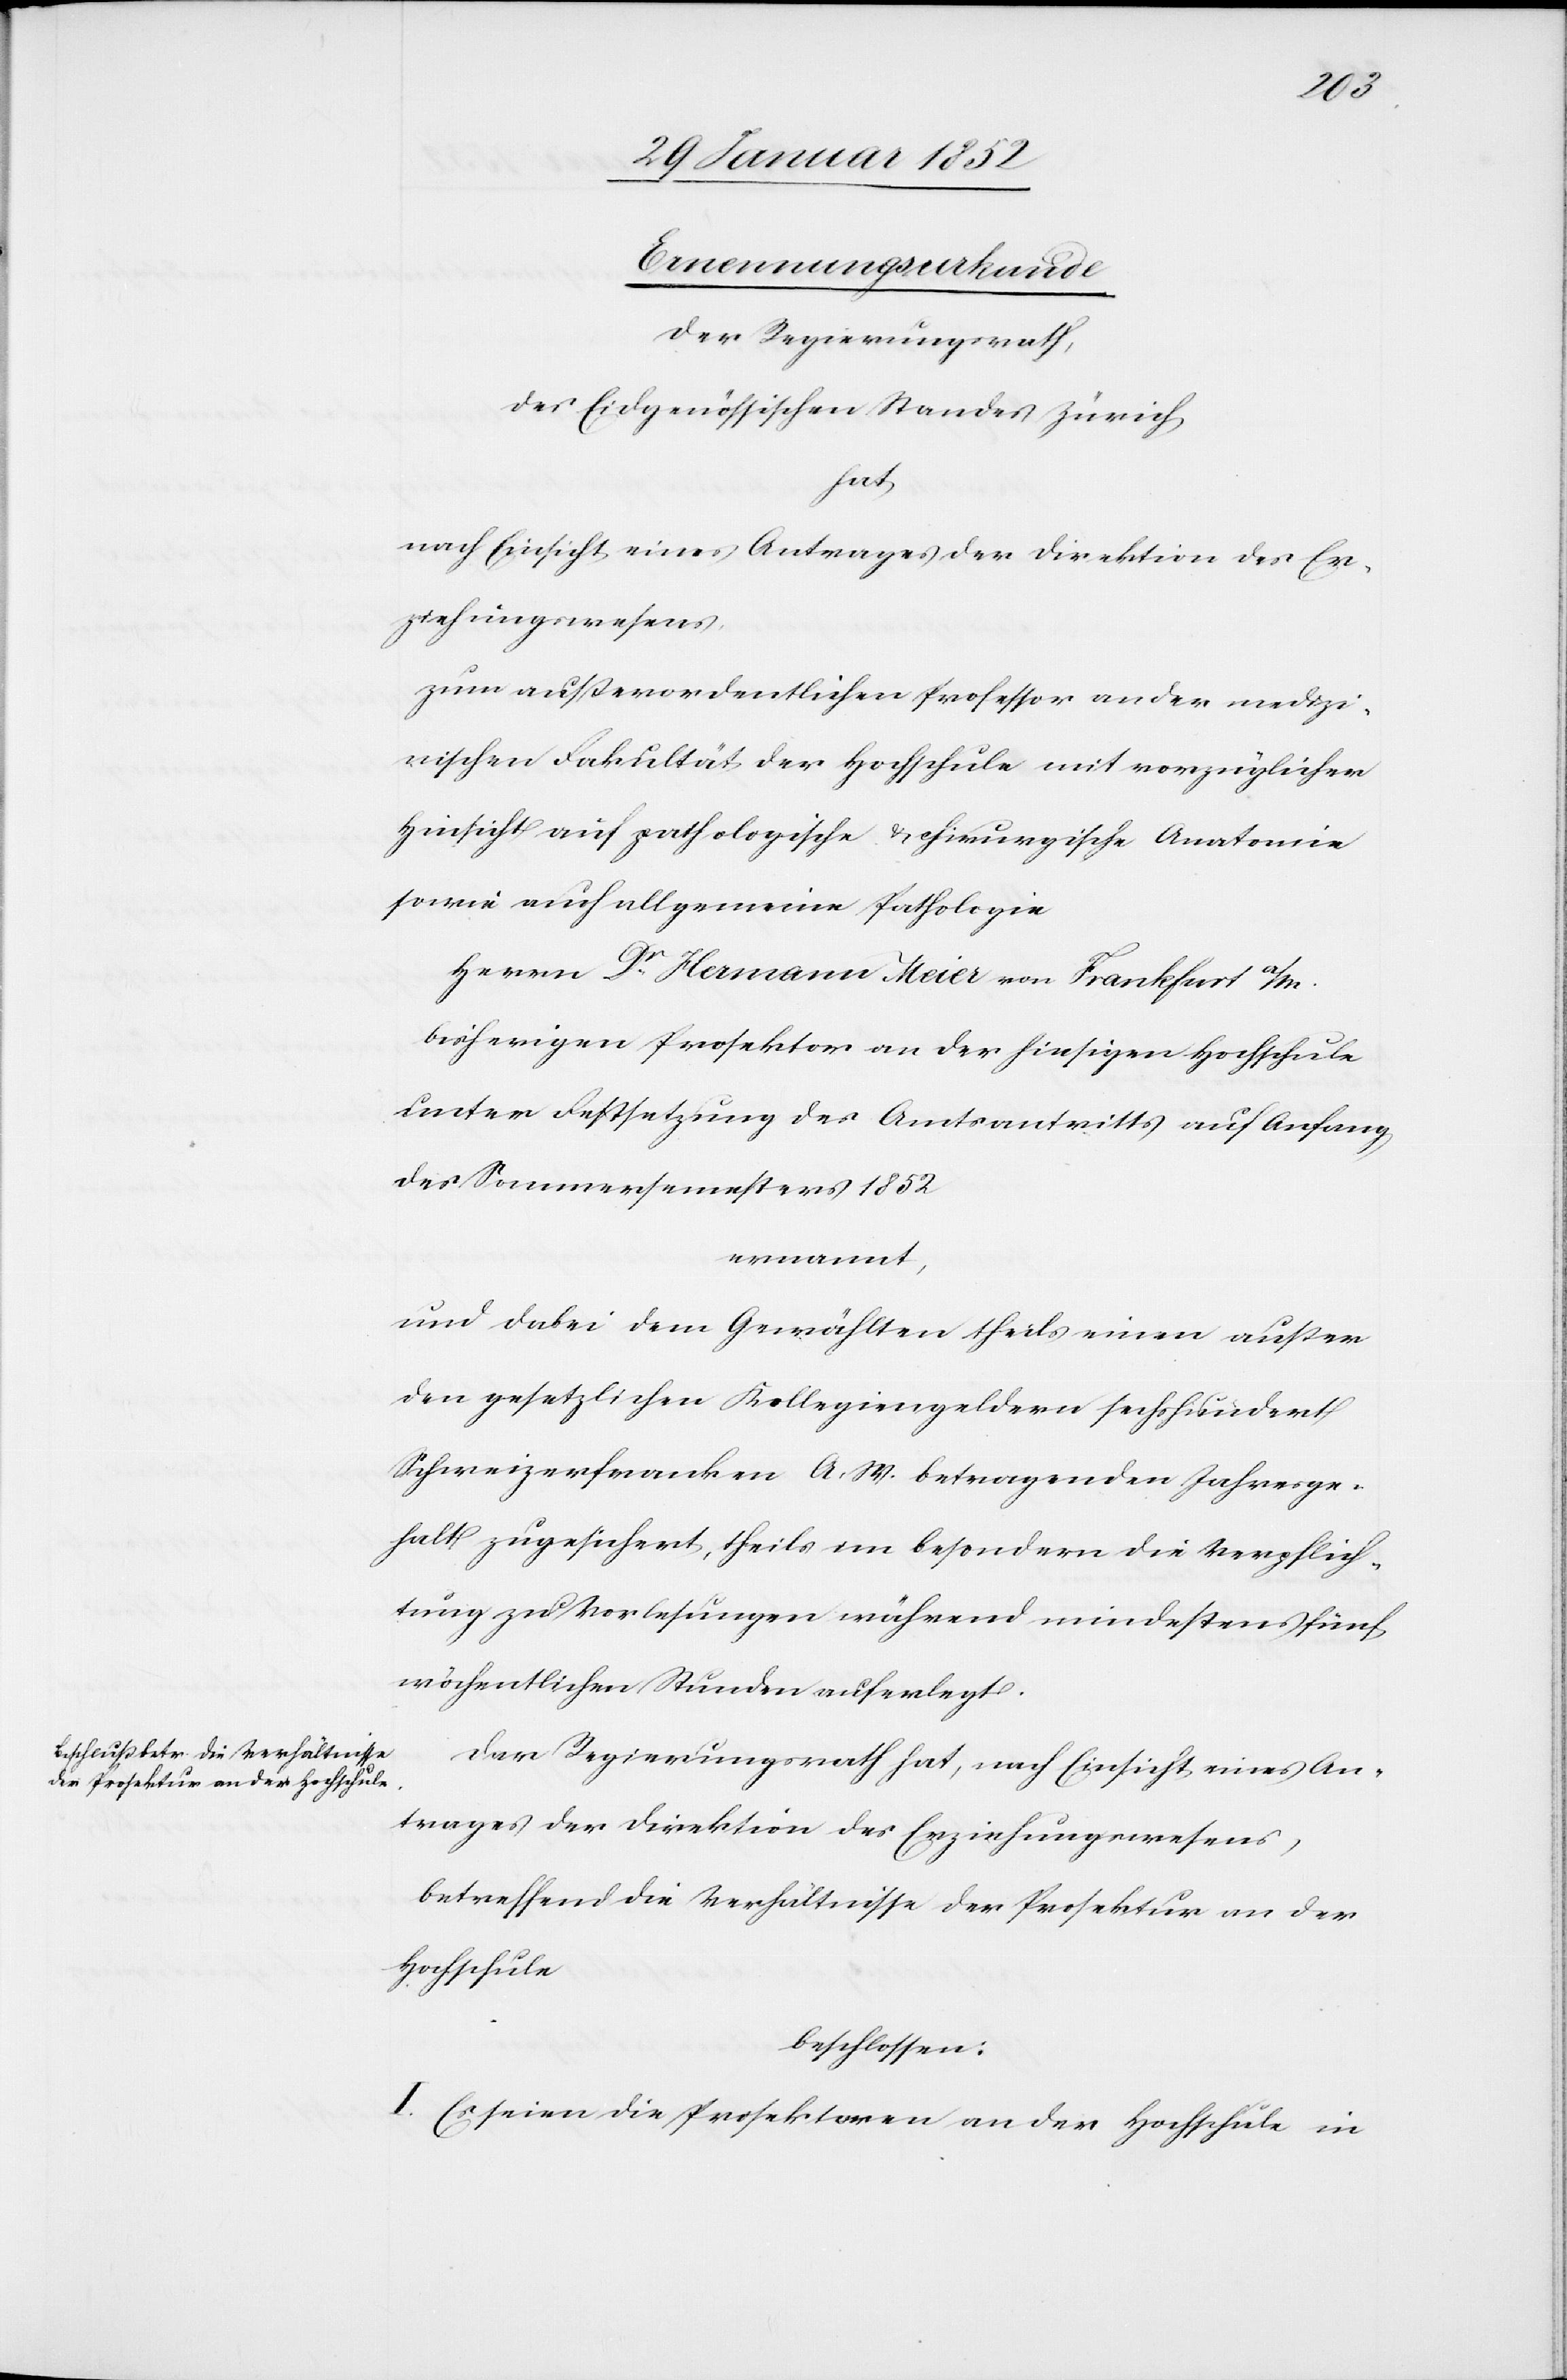
Ernennungsurkunde
Der Regierungsrath,
des Eidgenössischen Standes Zürich
hat
nach Einsicht eines Antrages der Direktion des Er¬
ziehungswesens,
zum außerordentlichen Professor an der medizi¬
nischen Fakultät der Hochschule mit vorzüglier
Hinsicht auf pathologische u. chirurgische Anatomie
sowie auf allgemeine Pathologie.
Herrn Dr. Hermann Meier von Frankfurt a/m.
bisherigen Prosektor an der hiesigen Hochschule
unter Festsetzung des Amtsantritts auf Anfang
des Sommersemesters 1852
ernannt,
und dabei dem Gewählten theils einen außer
den gesetzlichen Kollegiengeldern sechshundert
Schweizerfranken A. W. betragenden Jahresge¬
halt zugesichert, theils im besondern die Verpflich¬
tung zu Vorlesungen während mindestens fünf
wöchentlichen Stunden auferlegt.
Der Regierungsrath hat, nach Einsicht eines An¬
trages der Direktion des Erziehungswesens,
betreffend die Verhältnisse der Prosektur an der
Hochschule
beschlossen:
I. Es seien die Prosektoren an der Hochschule in